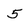
Character: 5